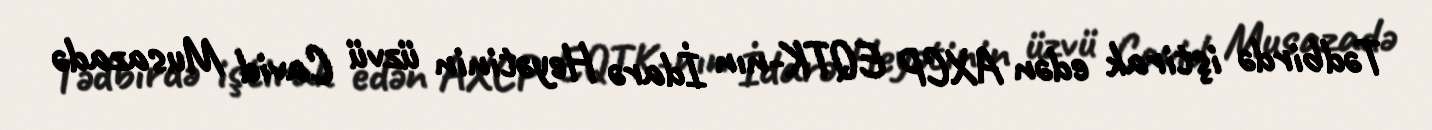
Tədbirdə iştirak edən AXCP EQTK-nın İdarə Heyətinin üzvü Cavid Musazadə